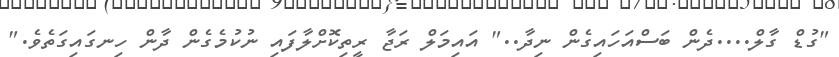
"ގުޑް ގާލް....ދެން ބަސްއަހައިގެން ނިދާ.." އައިމަލް ރަޖާ ރީތިކޮށްލާފައި ނުކުމެގެން ދާން ހިނގައިގަތެވެ."